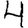
Digit: 4